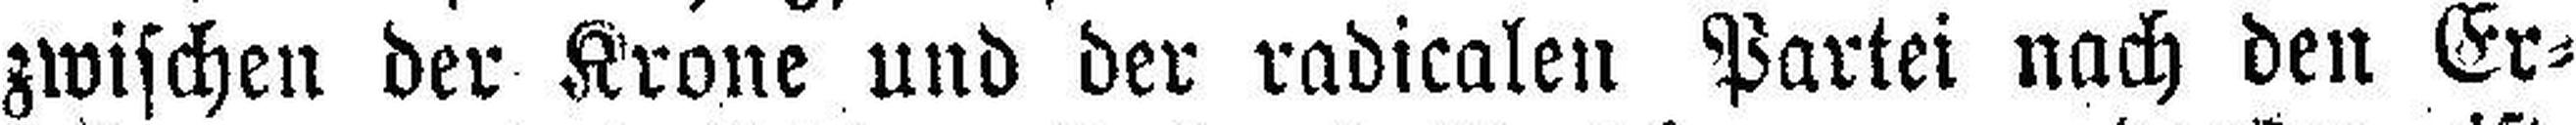
zwischen der Krone und der radicalen Partei nach den Er¬